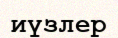
иүзлер